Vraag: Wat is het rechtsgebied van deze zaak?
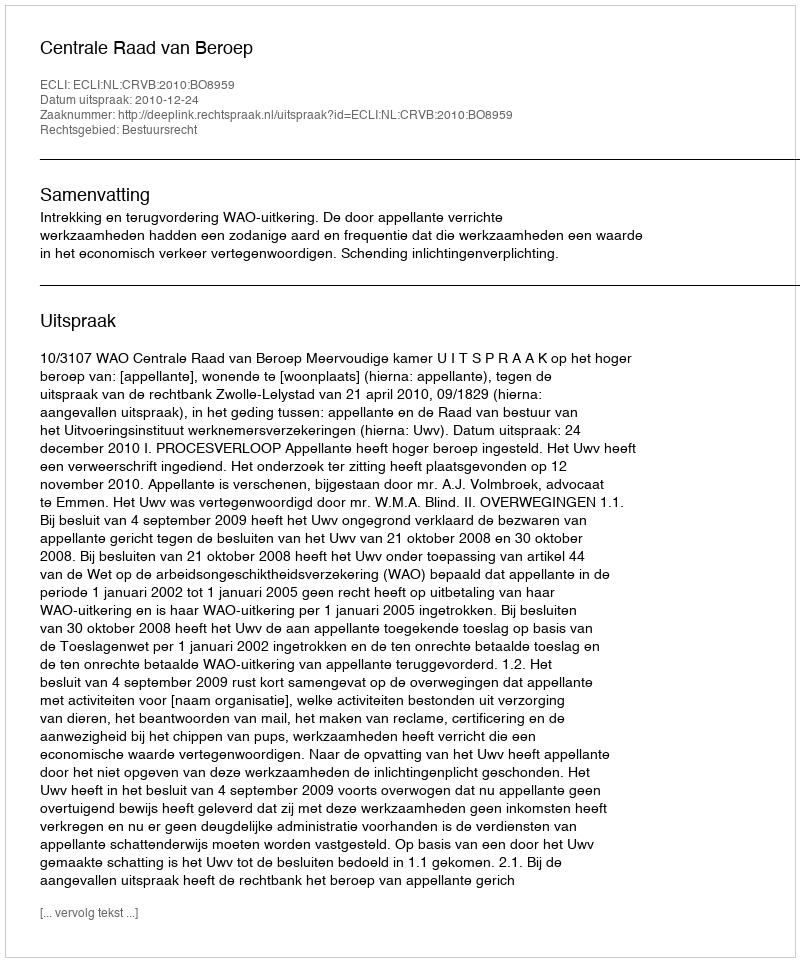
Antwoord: Bestuursrecht